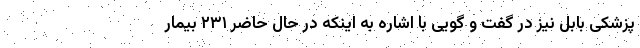
پزشکی بابل نیز در گفت و گویی با اشاره به اینکه در حال حاضر ۲۳۱ بیمار